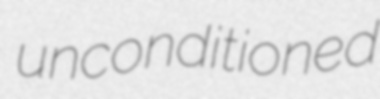
unconditioned